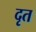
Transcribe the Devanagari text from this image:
दृत